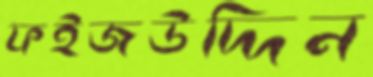
ফইজউদ্দিন